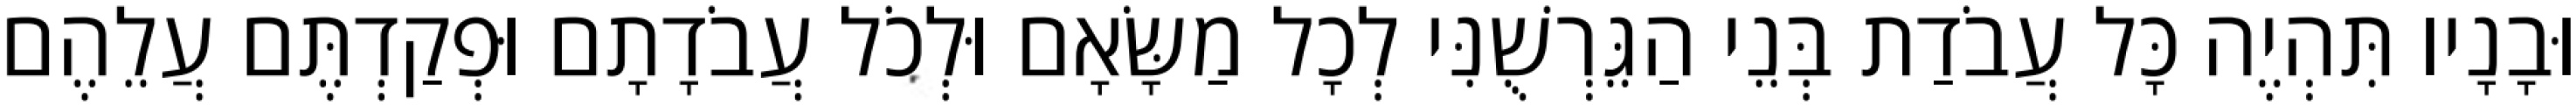
וּבָנָיו תִּהְיֶה כָּל עֲבֹדַת בְּנֵי הַגֵּרְשֻׁנִּי לְכָל מַשָּׂאָם וּלְכֹל עֲבֹדָתָם וּפְקַדְתֶּם עֲלֵהֶם